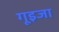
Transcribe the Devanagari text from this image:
गूइजा